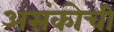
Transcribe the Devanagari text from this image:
असंकोची